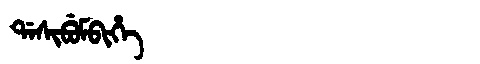
Manchu: ᡩᠠᠰᡳᠪᡠᠮᠪᡳᡥᡝ
Romanization: DASIBUMBIHE